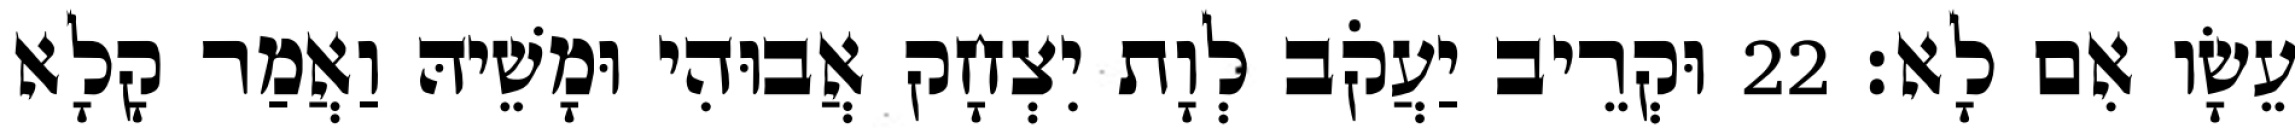
עֵשָׂו אִם לָא׃ 22 וּקְרֵיב יַעֲקֹב לְוָת יִצְחָק אֲבוּהִי וּמָשֵׁיהּ וַאֲמַר קָלָא